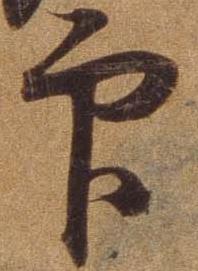
印